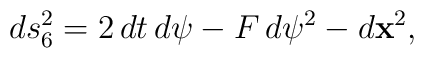
ds_6^2 =2\,dt\,d\psi - F\,d\psi^2 - d{\bf x}^2,